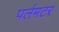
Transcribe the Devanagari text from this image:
पर्लमटर